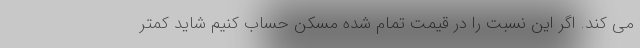
می کند. اگر این نسبت را در قیمت تمام شده مسکن حساب کنیم شاید کمتر